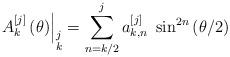
LaTeX: \begin{align*}\left. A_{k}^{\left[ j\right] }\left( \theta\right) \right\vert_{\substack{j\\k}}=\sum_{n=k/2}^{j}a_{k,n}^{\left[j\right] }~\sin^{2n}\left( \theta/2\right) \end{align*}